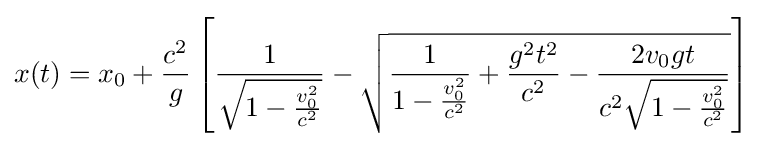
x(t)=x_{0}+{\frac {c^{2}}{g}}\left[{\frac {1}{\sqrt {1-{\frac {v_{0}^{2}}{c^{2}}}}}}-{\sqrt {{\frac {1}{1-{\frac {v_{0}^{2}}{c^{2}}}}}+{\frac {g^{2}t^{2}}{c^{2}}}-{\frac {2v_{0}gt}{c^{2}{\sqrt {1-{\frac {v_{0}^{2}}{c^{2}}}}}}}}}\right]